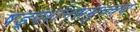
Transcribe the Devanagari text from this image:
षड्दर्शनसमुच्चय